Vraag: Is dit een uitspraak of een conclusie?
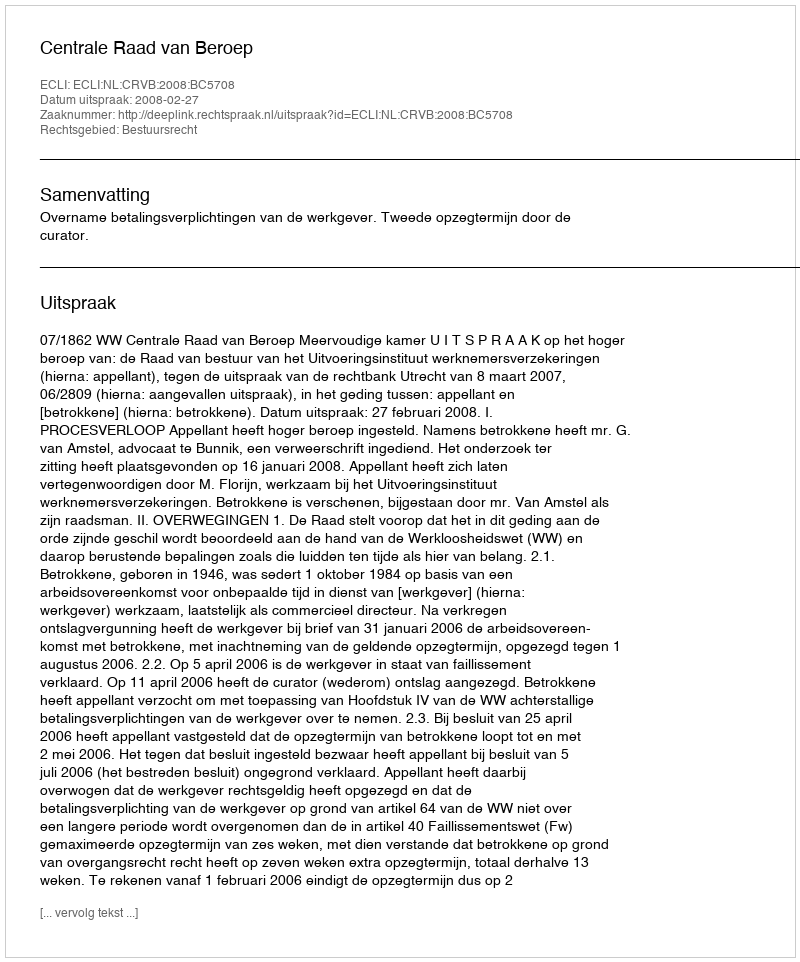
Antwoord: Uitspraak